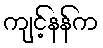
ကျင့်နန်က